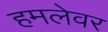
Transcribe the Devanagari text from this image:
हमलेवर